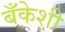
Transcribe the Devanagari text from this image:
बँकेशी